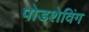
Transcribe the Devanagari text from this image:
पोडशेविंग